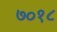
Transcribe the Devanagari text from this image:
७०१८